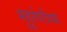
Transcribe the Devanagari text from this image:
मुहूर्तपत्रिका